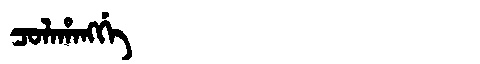
Manchu: ᠴᠣᠯᠠᡥᠠᠩᡤᡝ
Romanization: COLAHANGGE